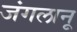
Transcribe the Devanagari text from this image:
जंगलानू